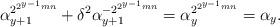
LaTeX: \begin{align*}\alpha^{2^{2^{y-1}mn}}_{y+1}+\delta^2\alpha^{{-2}^{2^{y-1}mn}}_{y+1}=\alpha^{2^{2^{y-1}mn}}_{y}=\alpha_{y}.\end{align*}